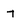
Character: T